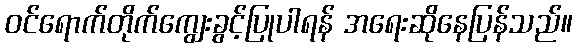
ဝင်ရောက်တိုက်ကျွေးခွင့်ပြုပါရန် အရေးဆိုနေပြန်သည်။